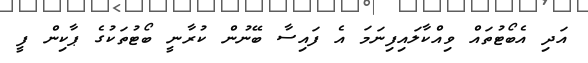
އަދި އެބޯޓުތައް ވިއްކާލައިފިނަމަ އެ ފައިސާ ބޭނުން ކުރާނީ ބޯޓުތަކުގެ ޕާކިން ފީ